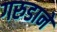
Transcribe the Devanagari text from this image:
गरुडाने